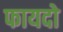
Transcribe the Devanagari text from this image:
फायदो